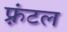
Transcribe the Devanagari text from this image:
फ़्रंटल